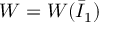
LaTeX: W = W ( { \bar { I } } _ { 1 } )